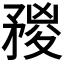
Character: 𥍺